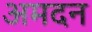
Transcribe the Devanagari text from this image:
अमदन